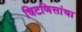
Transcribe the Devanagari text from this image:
चिटणिसांचा